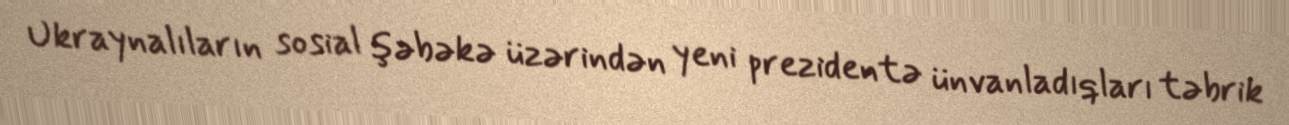
Ukraynalıların sosial şəbəkə üzərindən yeni prezidentə ünvanladıqları təbrik